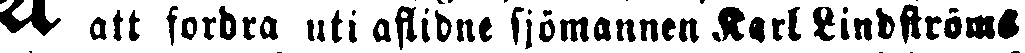
А att fordra uti афлидне sjömannen Lindströms